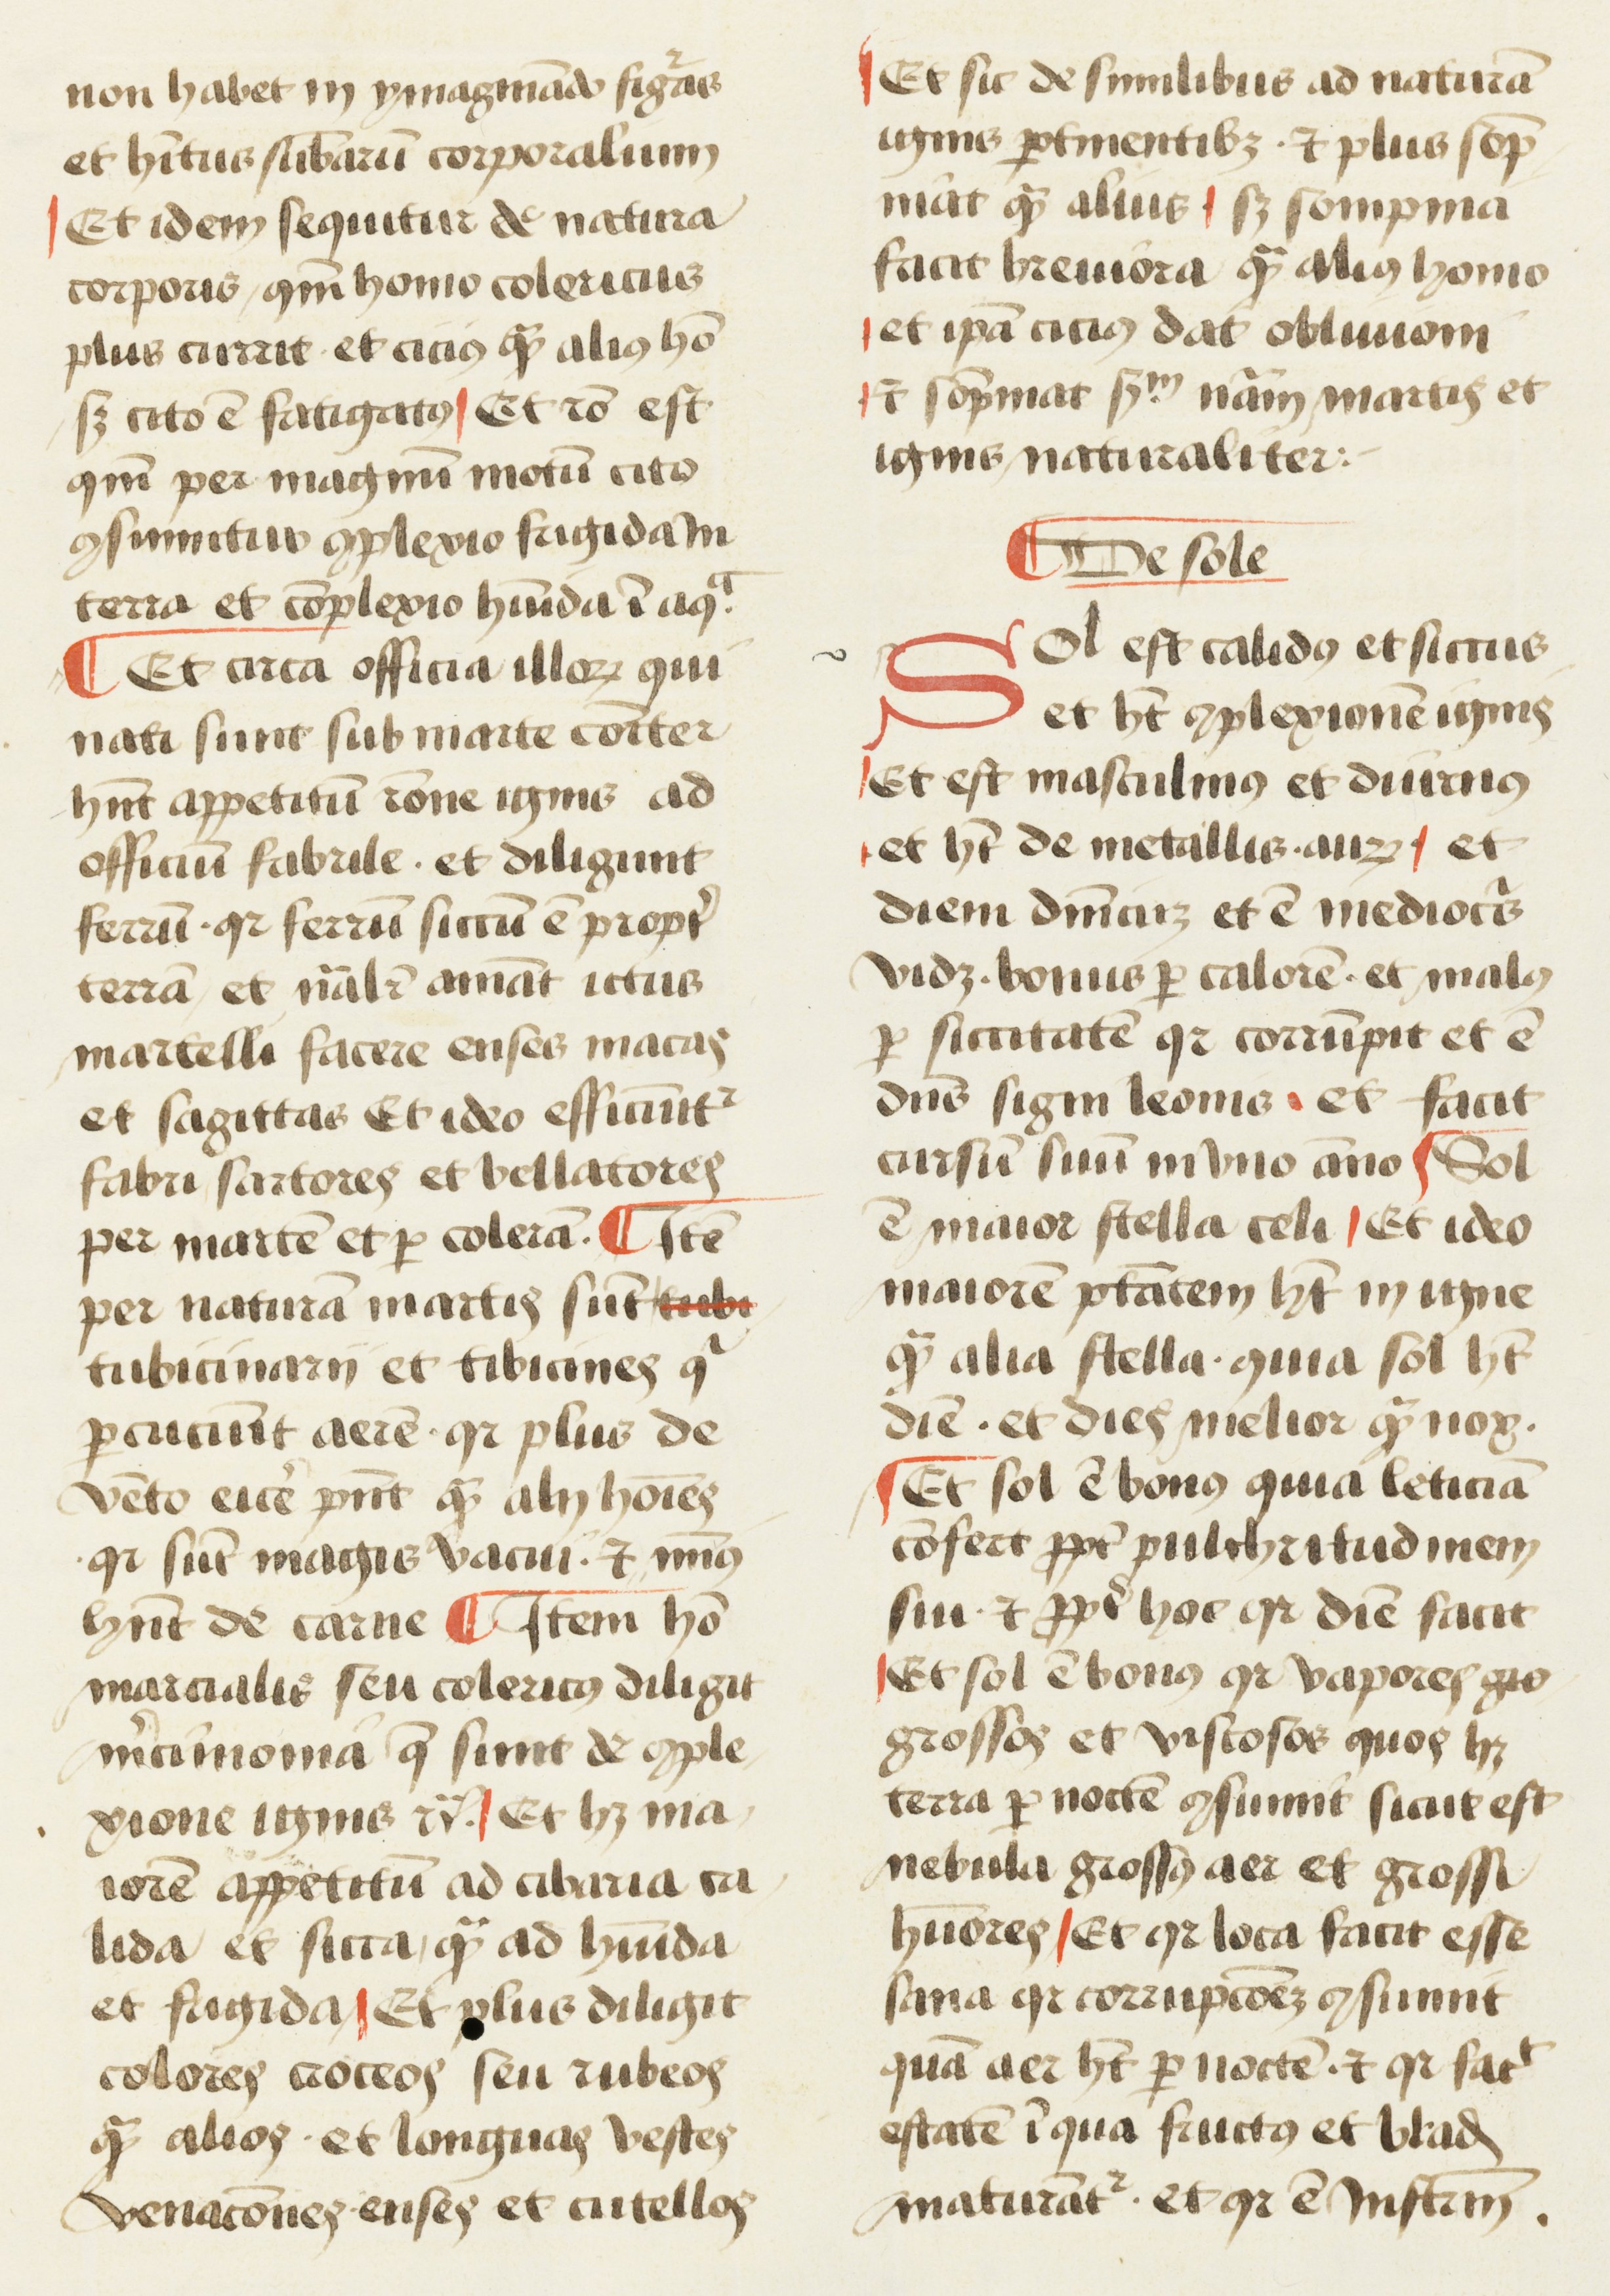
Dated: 1450–1474